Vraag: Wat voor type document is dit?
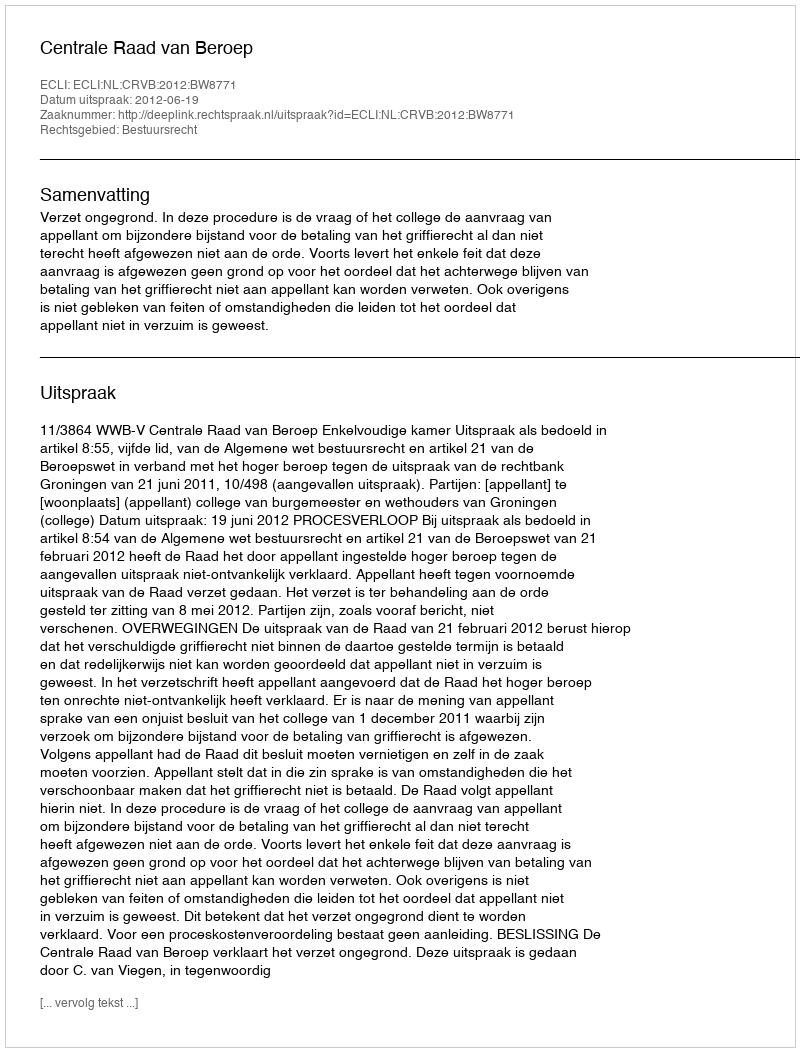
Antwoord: Uitspraak